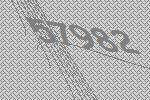
57982